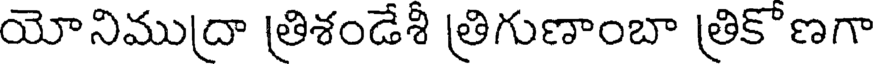
యోనిముద్రా త్రిశండేశీ త్రిగుణాంబా త్రికొణగా